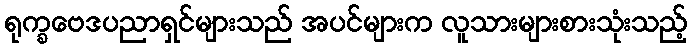
ရုက္ခဗေဒပညာရှင်များသည် အပင်များက လူသားများစားသုံးသည့်